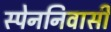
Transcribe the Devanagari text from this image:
स्पेननिवासी